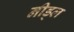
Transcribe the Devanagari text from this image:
नीड्ल